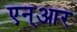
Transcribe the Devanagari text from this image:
एन्‌आर